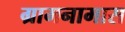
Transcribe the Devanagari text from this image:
ग्रामनामास